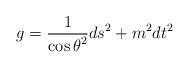
LaTeX: \begin{align*}g=\frac{1}{{\cos \theta}^2}ds^2+m^2dt^2\end{align*}